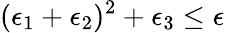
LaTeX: (\epsilon_{1}+\epsilon_{2})^{2}+\epsilon_{3}\leq\epsilon